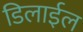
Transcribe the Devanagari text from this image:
डिलाईल